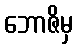
ဘောဇိမှ